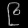
Digit: ၉